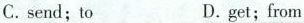
C.send; to D.get;from